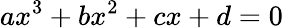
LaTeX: ax^{3}+bx^{2}+cx+d=0